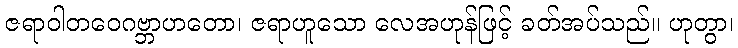
ဇရာဝါတဝေဂဗ္ဘာဟတော၊ ဇရာဟူသော လေအဟုန်ဖြင့် ခတ်အပ်သည်။ ဟုတွာ၊